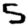
Digit: 5